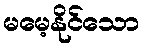
မမေ့နိုင်သော